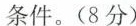
条件。(8分)